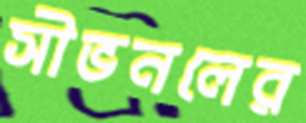
সীভনলের